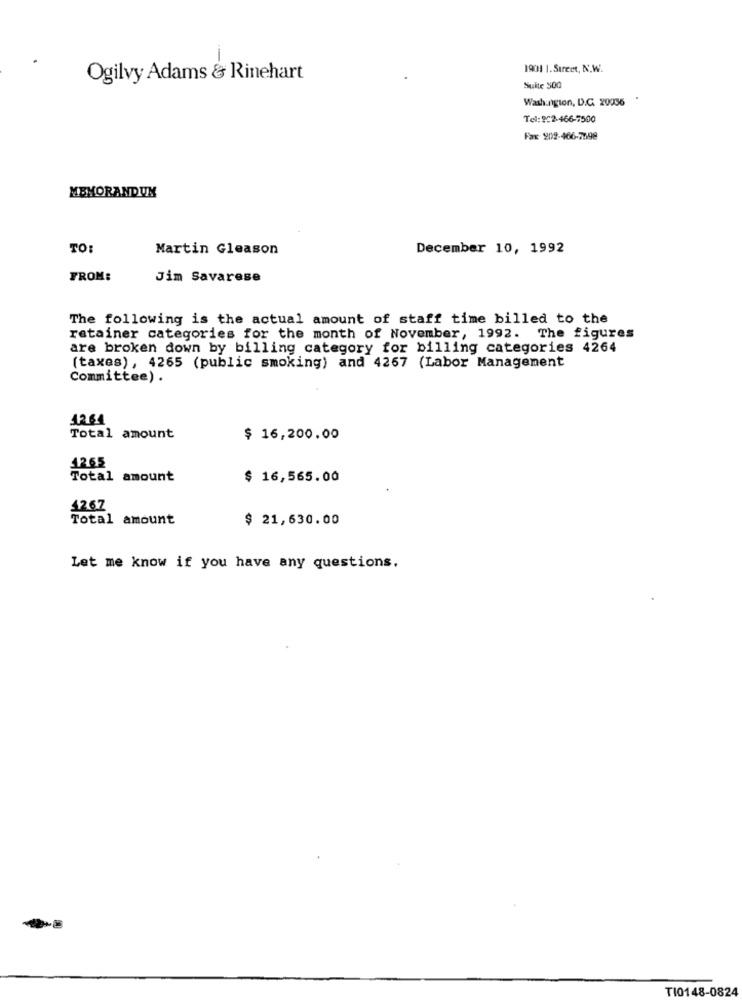
1901 1. Street, N,W.
Ogilvy Adams & Rinehart
Suite 500
Washington, D.C. 20056
Tel: 902-466-7500
Fax: 202-466-7598
MEMORANDUM
TO:
Martin Gleason
December 10, 1992
FROM:
Jim Savarese
The following is the actual amount of staff time billed to the
retainer categories for the month of November, 1992. The figures
are broken down by billing category for billing categories 4264
(taxes), 4265 (public smoking) and 4267 (Labor Management
Committee) .
1264
Total amount
$ 16,200.00
1265
Total amount
$ 16,565.00
42.67
Total amount
$ 21,630.00
Let me know if you have any questions.
TI0148-0824